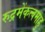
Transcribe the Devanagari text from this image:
रुद्रमेंकत्वमाहु